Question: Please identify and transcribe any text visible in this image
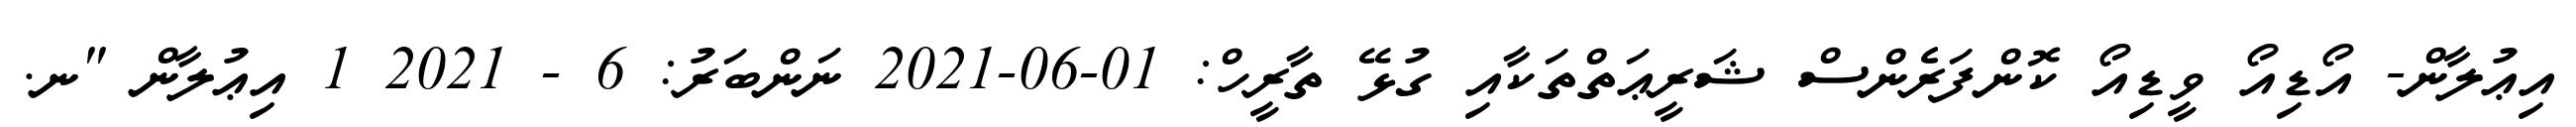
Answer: އިޢުލާން- އޯޑިއޯ ވީޑިއޯ ކޮންފަރެންސް ޝަރީޢަތްތަކާއި ގުޅޭ ތާރީހް: 01-06-2021 ނަންބަރު: 6 - 2021 1 އިޢުލާން "ނ.